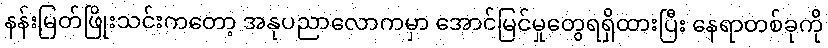
နန်းမြတ်ဖြိုးသင်းကတော့ အနုပညာလောကမှာ အောင်မြင်မှုတွေရရှိထားပြီး နေရာတစ်ခုကို